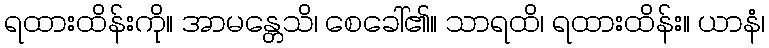
ရထားထိန်းကို။ အာမန္တေသိ၊ စေခေါ်၏။ သာရထိ၊ ရထားထိန်း။ ယာနံ၊